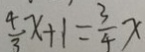
\frac { 4 } { 3 } x + 1 = \frac { 3 } { 4 } x